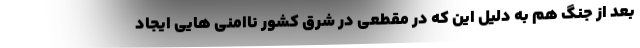
بعد از جنگ هم به دلیل این که در مقطعی در شرق کشور ناامنی هایی ایجاد